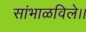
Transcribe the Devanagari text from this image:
सांभाळविले।।